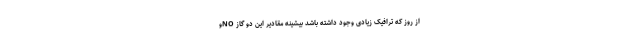
از روز که ترافیک زیادی وجود داشته باشد بیشینه مقادیر این دو گاز NOو